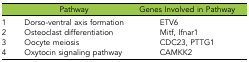
|  | Pathway | Genes Involved in Pathway |
 | --- | --- | --- |
 | 1 | Dorso-ventral axis formation | ETV6 |
 | 2 | Osteoclast differentiation | Mitf, Ifnar1 |
 | 3 | Oocyte meiosis | CDC23, PTTG1 |
 | 4 | Oxytocin signaling pathway | CAMKK2 |